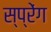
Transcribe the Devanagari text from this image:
स्प्रेंग